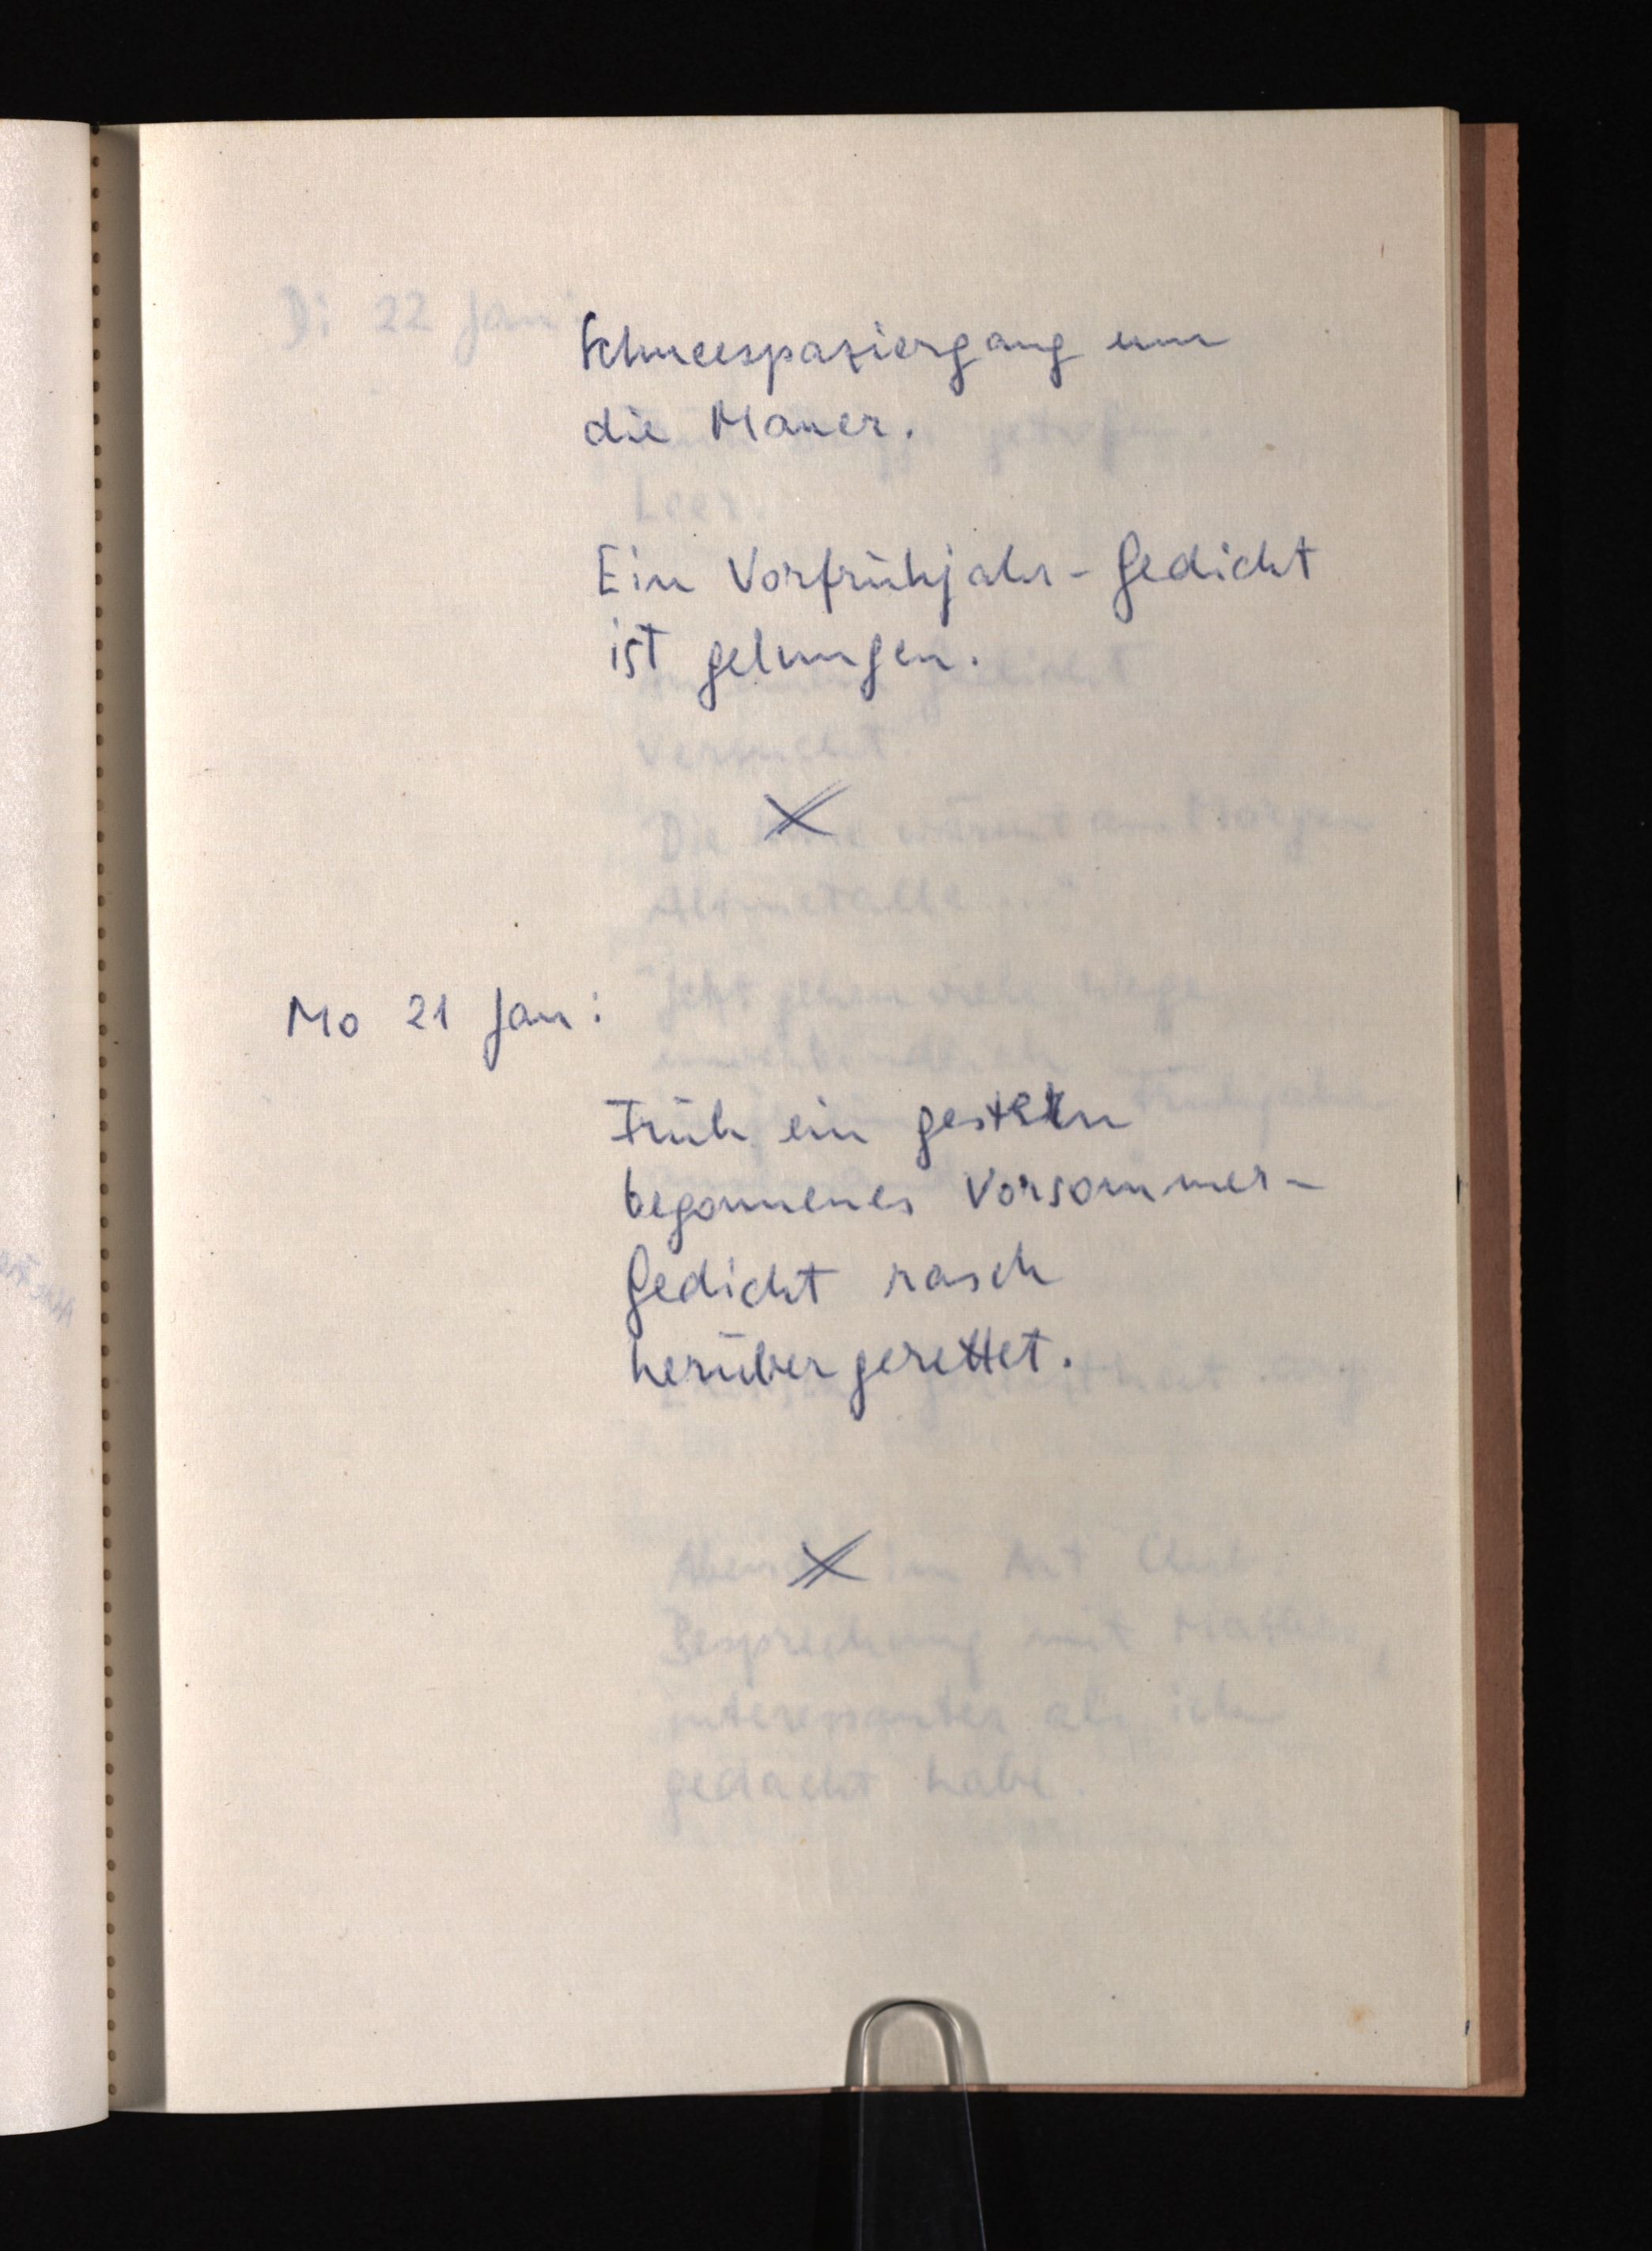
Schneespaziergang um
die Mauer.
Ein Vorfrühjahr-Gedicht
ist gelungen.
Mo 21 Jan:
Früh ein gestern
begonnenes Vorsommer¬
Gedicht rasch
herübergerettet.